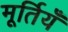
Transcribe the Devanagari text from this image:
मूर्तियँ